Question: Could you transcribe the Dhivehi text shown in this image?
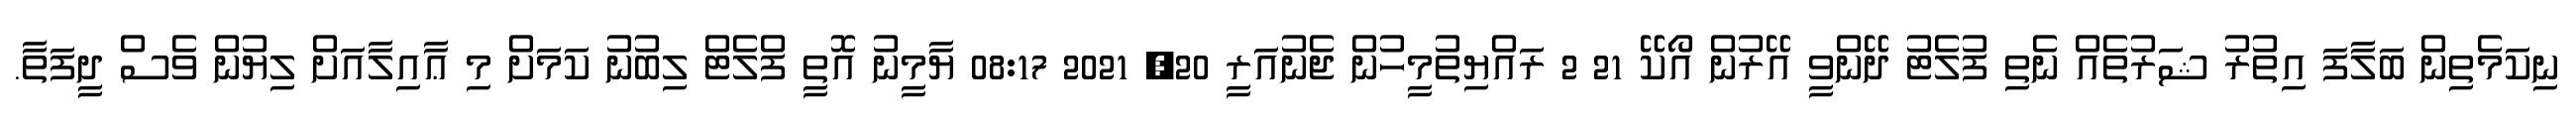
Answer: ނިކަމެތިން ބަލާފަ އިތުރު ޝަރުތެއް ނެތި ފުލެޓު ދޭންވީ އޭރުން އޯކޭ 21 2 ރައްޔިތުމީހުން ޖެނުއަރީ 20, 2021 08:17 ޔާމީނު އޮތީ ފްލެޓް ލިބުނު ކަމަށް މި ޢާއިލާއަށް ލިޔުން ވެސް ދީފަތާ.